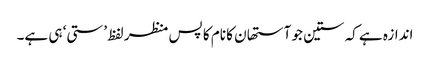
اندازہ ہے کہ ستین جو آستھان کا نام کا پس منظر لفظ ’ستی‘ ہی ہے۔